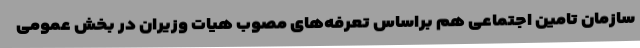
سازمان تامین اجتماعی هم براساس تعرفه‌های مصوب هیات وزیران در بخش عمومی